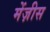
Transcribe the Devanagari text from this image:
मेंज़ीस